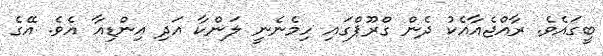
ބީގައެވެ. ރާއްޖެއާއެކު ދެން ގްރޫޕްގައި ހިމެނެނީ ލަންކާ އަދި އިންޑިއާ އެވެ. އޭގެ